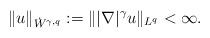
LaTeX: \begin{align*}\|u\|_{\dot{W}^{\gamma,q}} := \||\nabla|^\gamma u\|_{L^q} <\infty.\end{align*}